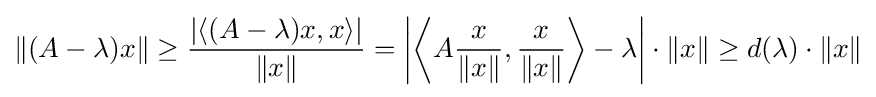
\Vert (A-\lambda )x\Vert \geq {\frac {|\langle (A-\lambda )x,x\rangle |}{\Vert x\Vert }}=\left|\left\langle A{\frac {x}{\Vert x\Vert }},{\frac {x}{\Vert x\Vert }}\right\rangle -\lambda \right|\cdot \Vert x\Vert \geq d(\lambda )\cdot \Vert x\Vert